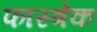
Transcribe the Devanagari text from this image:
फास्त्रेक